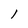
Character: l